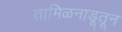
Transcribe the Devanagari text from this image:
तामिळनाडूतून